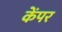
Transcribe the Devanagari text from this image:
केंपर